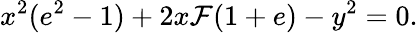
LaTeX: x^{2}(e^{2}-1)+2x\mathcal{F}(1+e)-y^{2}=0.